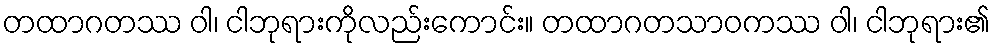
တထာဂတဿ ဝါ၊ ငါဘုရားကိုလည်းကောင်း။ တထာဂတသာဝကဿ ဝါ၊ ငါဘုရား၏